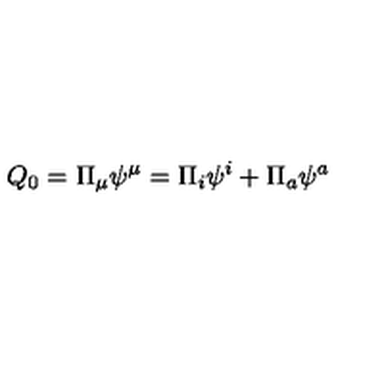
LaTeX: Q _ { 0 } = \Pi _ { \mu } \psi ^ { \mu } = \Pi _ { i } \psi ^ { i } + \Pi _ { a } \psi ^ { a }